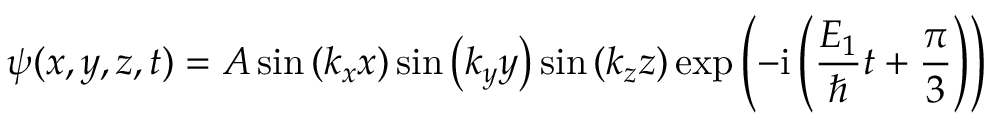
\psi ( x , y , z , t ) = A \sin \left( k _ { x } x \right) \sin \left( k _ { y } y \right) \sin \left( k _ { z } z \right) \exp \left( - \mathrm { i } \left( \frac { E _ { 1 } } { \hbar } t + \frac { \pi } 3 \right) \right)